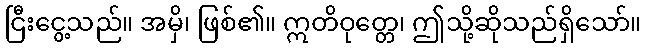
ငြီးငွေ့သည်။ အမှိ၊ ဖြစ်၏။ ဣတိဝုတ္တေ၊ ဤသို့ဆိုသည်ရှိသော်။